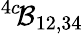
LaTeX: ^{4c}\! {\cal B}_{12,34}